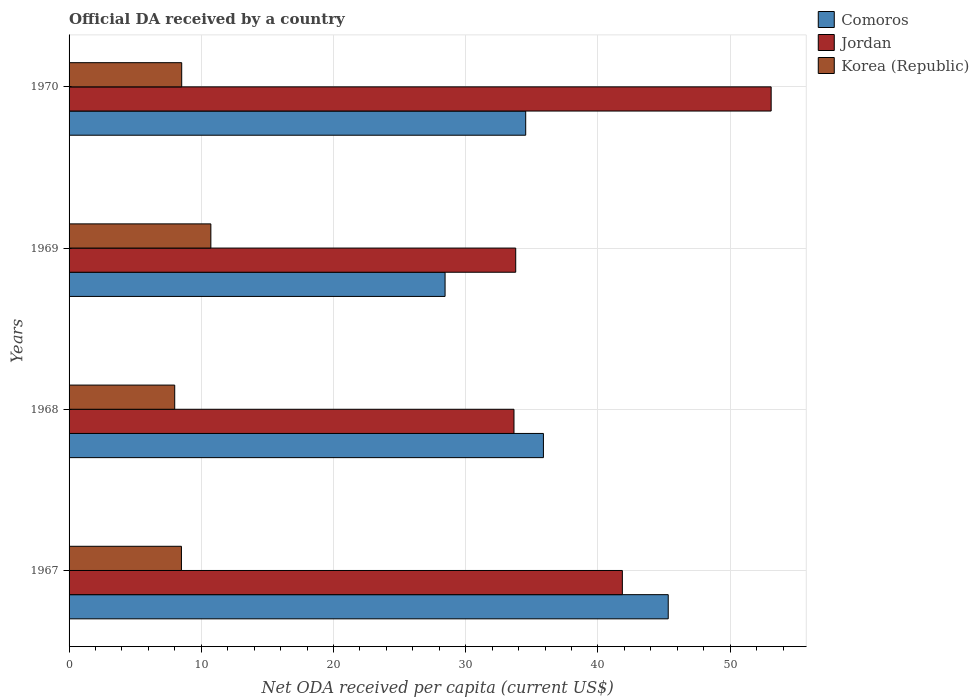
| Years | Comoros | Jordan | Korea (Republic) |
 | --- | --- | --- | --- |
 | 1967 | 45.3 | 41.8 | 8.5 |
 | 1968 | 35.9 | 33.7 | 7.99 |
 | 1969 | 28.4 | 33.8 | 10.7 |
 | 1970 | 34.5 | 53.1 | 8.52 |